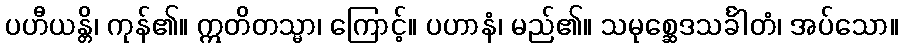
ပဟီယန္တိ၊ ကုန်၏။ ဣတိတသ္မာ၊ ကြောင့်။ ပဟာနံ၊ မည်၏။ သမုစ္ဆေဒသင်္ခါတံ၊ အပ်သော။